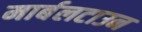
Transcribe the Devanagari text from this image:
मार्बलटाउन